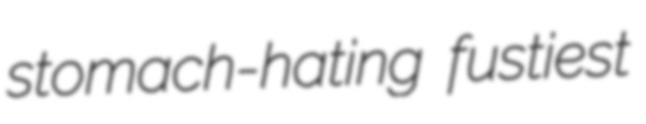
stomach-hating fustiest